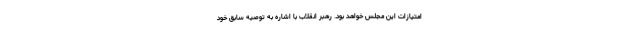
امتیازات این مجلس خواهد بود. رهبر انقلاب با اشاره به توصیه سابق خود